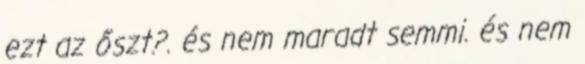
ezt az őszt?. és nem maradt semmi. és nem